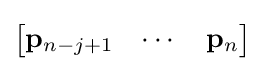
{\begin{bmatrix}\mathbf {p} _{n-j+1}&\cdots &\mathbf {p} _{n}\end{bmatrix}}